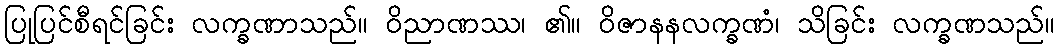
ပြုပြင်စီရင်ခြင်း လက္ခဏာသည်။ ဝိညာဏဿ၊ ၏။ ဝိဇာနနလက္ခဏံ၊ သိခြင်း လက္ခဏသည်။